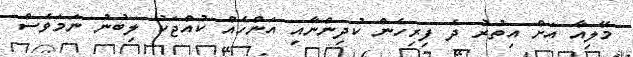
މޭލިއާ އަށް އިތުރު ދެ ފިރިހެން ކުދިންނާއި އަންހެއް ކުއްޖަކު ލިބުނު ނަމަވެސް